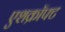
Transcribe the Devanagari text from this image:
एशक्रॉफ्ट